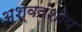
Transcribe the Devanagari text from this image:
अश्ववंशीय